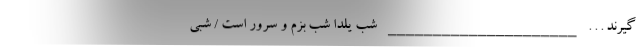
گیرند . . . _____________________ شب یلدا شب بزم و سرور است / شبی